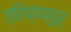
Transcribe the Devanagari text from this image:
त्रिप्पप्पुर्